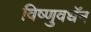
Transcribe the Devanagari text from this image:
विष्णुवधॅन